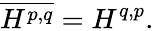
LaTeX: {\overline{{H^{p,q}}}}=H^{q,p}.